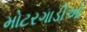
મોટરગાડીઓ